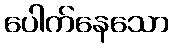
ပေါက်နေသော